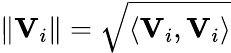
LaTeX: \| {\mathbf V}_{i}\| =\sqrt{\langle{\mathbf V}_{i},{\mathbf V}_{i}\rangle}